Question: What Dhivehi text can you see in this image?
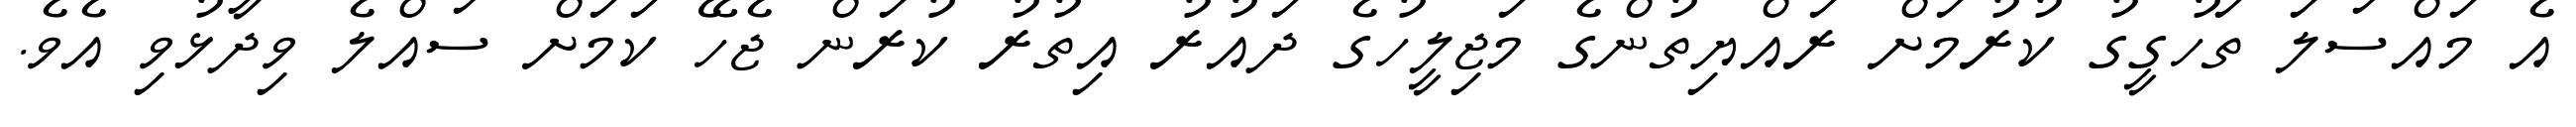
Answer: އެ މައްސަލަ ތަހުގީގު ކުރުމަށް ރައްޔިތުންގެ މަޖިލީހުގެ ދައުރު އިތުރު ކުރަން ޖެހޭ ކަމަށް ސައްލެ ވިދާޅުވި އެވެ.